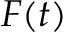
F ( t )